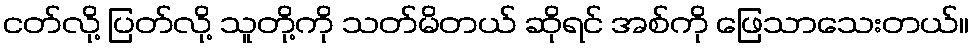
ငတ်လို့ ပြတ်လို့ သူတို့ကို သတ်မိတယ် ဆိုရင် အစ်ကို ဖြေသာသေးတယ်။